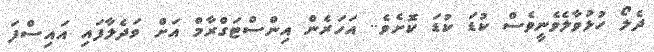
ދެލޯ ހުޅުވާލެވެނީވެސް ކުޑަ ކުޑަ ކޮށެވެ.. އަހަރެން އިންސްޓަގްރާމް އަށް ވަދެލާފައި އައިސްފަ